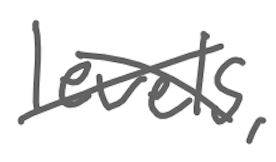
Text: levels,
Cross-out: cross
Writing tool: digital_gray